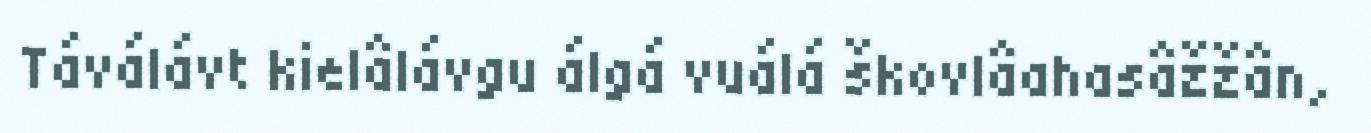
Táválávt kielâlávgu álgá vuálá škovlâahasâžžân,